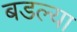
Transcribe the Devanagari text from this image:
बडल्या